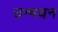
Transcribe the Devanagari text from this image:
उन्मयन